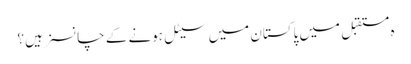
ہ مستقبل میں پاکستان میں سیٹل ہونے کے چانسز ہیں؟